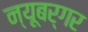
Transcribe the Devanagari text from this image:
न्यूबर्गर